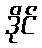
ဒိုင်